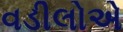
વડીલોએ